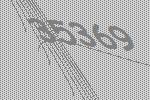
35369